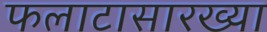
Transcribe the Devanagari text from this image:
फलाटासारख्या